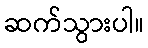
ဆက်သွားပါ။